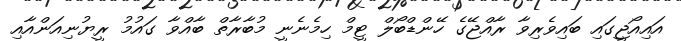
އައިއޯޖީގައި ބައިވެރިވާ ރާއްޖޭގެ ހޭންޑްބޯލް ޓީމް ހިމެނެނީ މުބާރާތް ބާއްވާ ގައުމު ރީޔުނިއަންއާއި